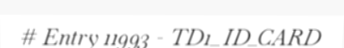
# Entry 11993 - TD1_ID_CARD